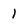
Character: 1